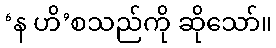
‘န ဟိ’စသည်ကို ဆိုသော်။